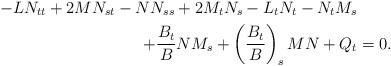
LaTeX: \begin{align*}-LN_{tt}+2MN_{st}-NN_{ss}+2M_tN_s-L_tN_t-N_tM_s& \\+\frac{B_t}{B}NM_s+\left(\frac{B_t}{B}\right)_sMN+Q_t&=0.\end{align*}